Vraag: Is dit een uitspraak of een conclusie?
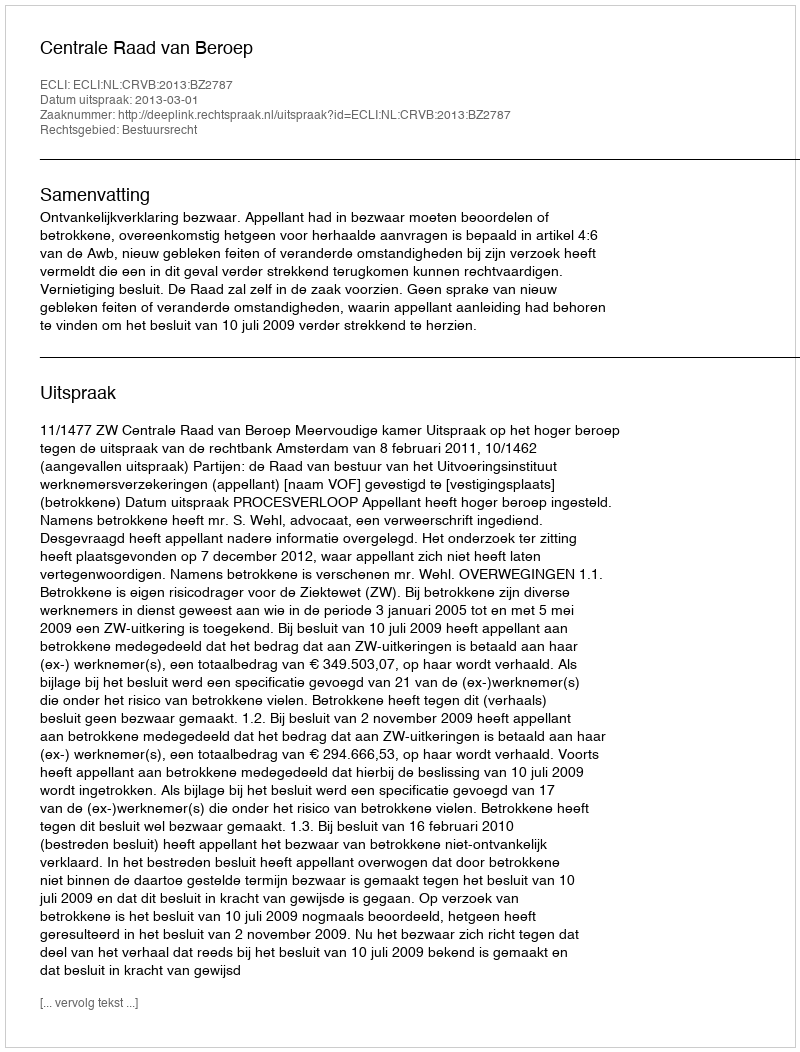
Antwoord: Uitspraak